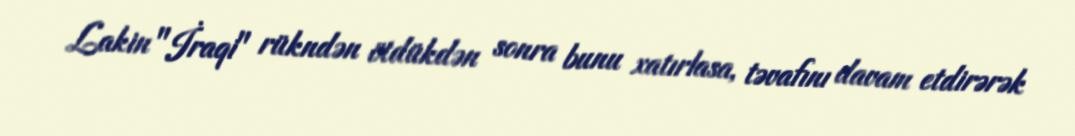
Lakin "İraqi" rükndən ötdükdən sonra bunu xatırlasa, təvafını davam etdirərək